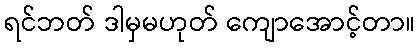
ရင်ဘတ် ဒါမှမဟုတ် ကျောအောင့်တာ။